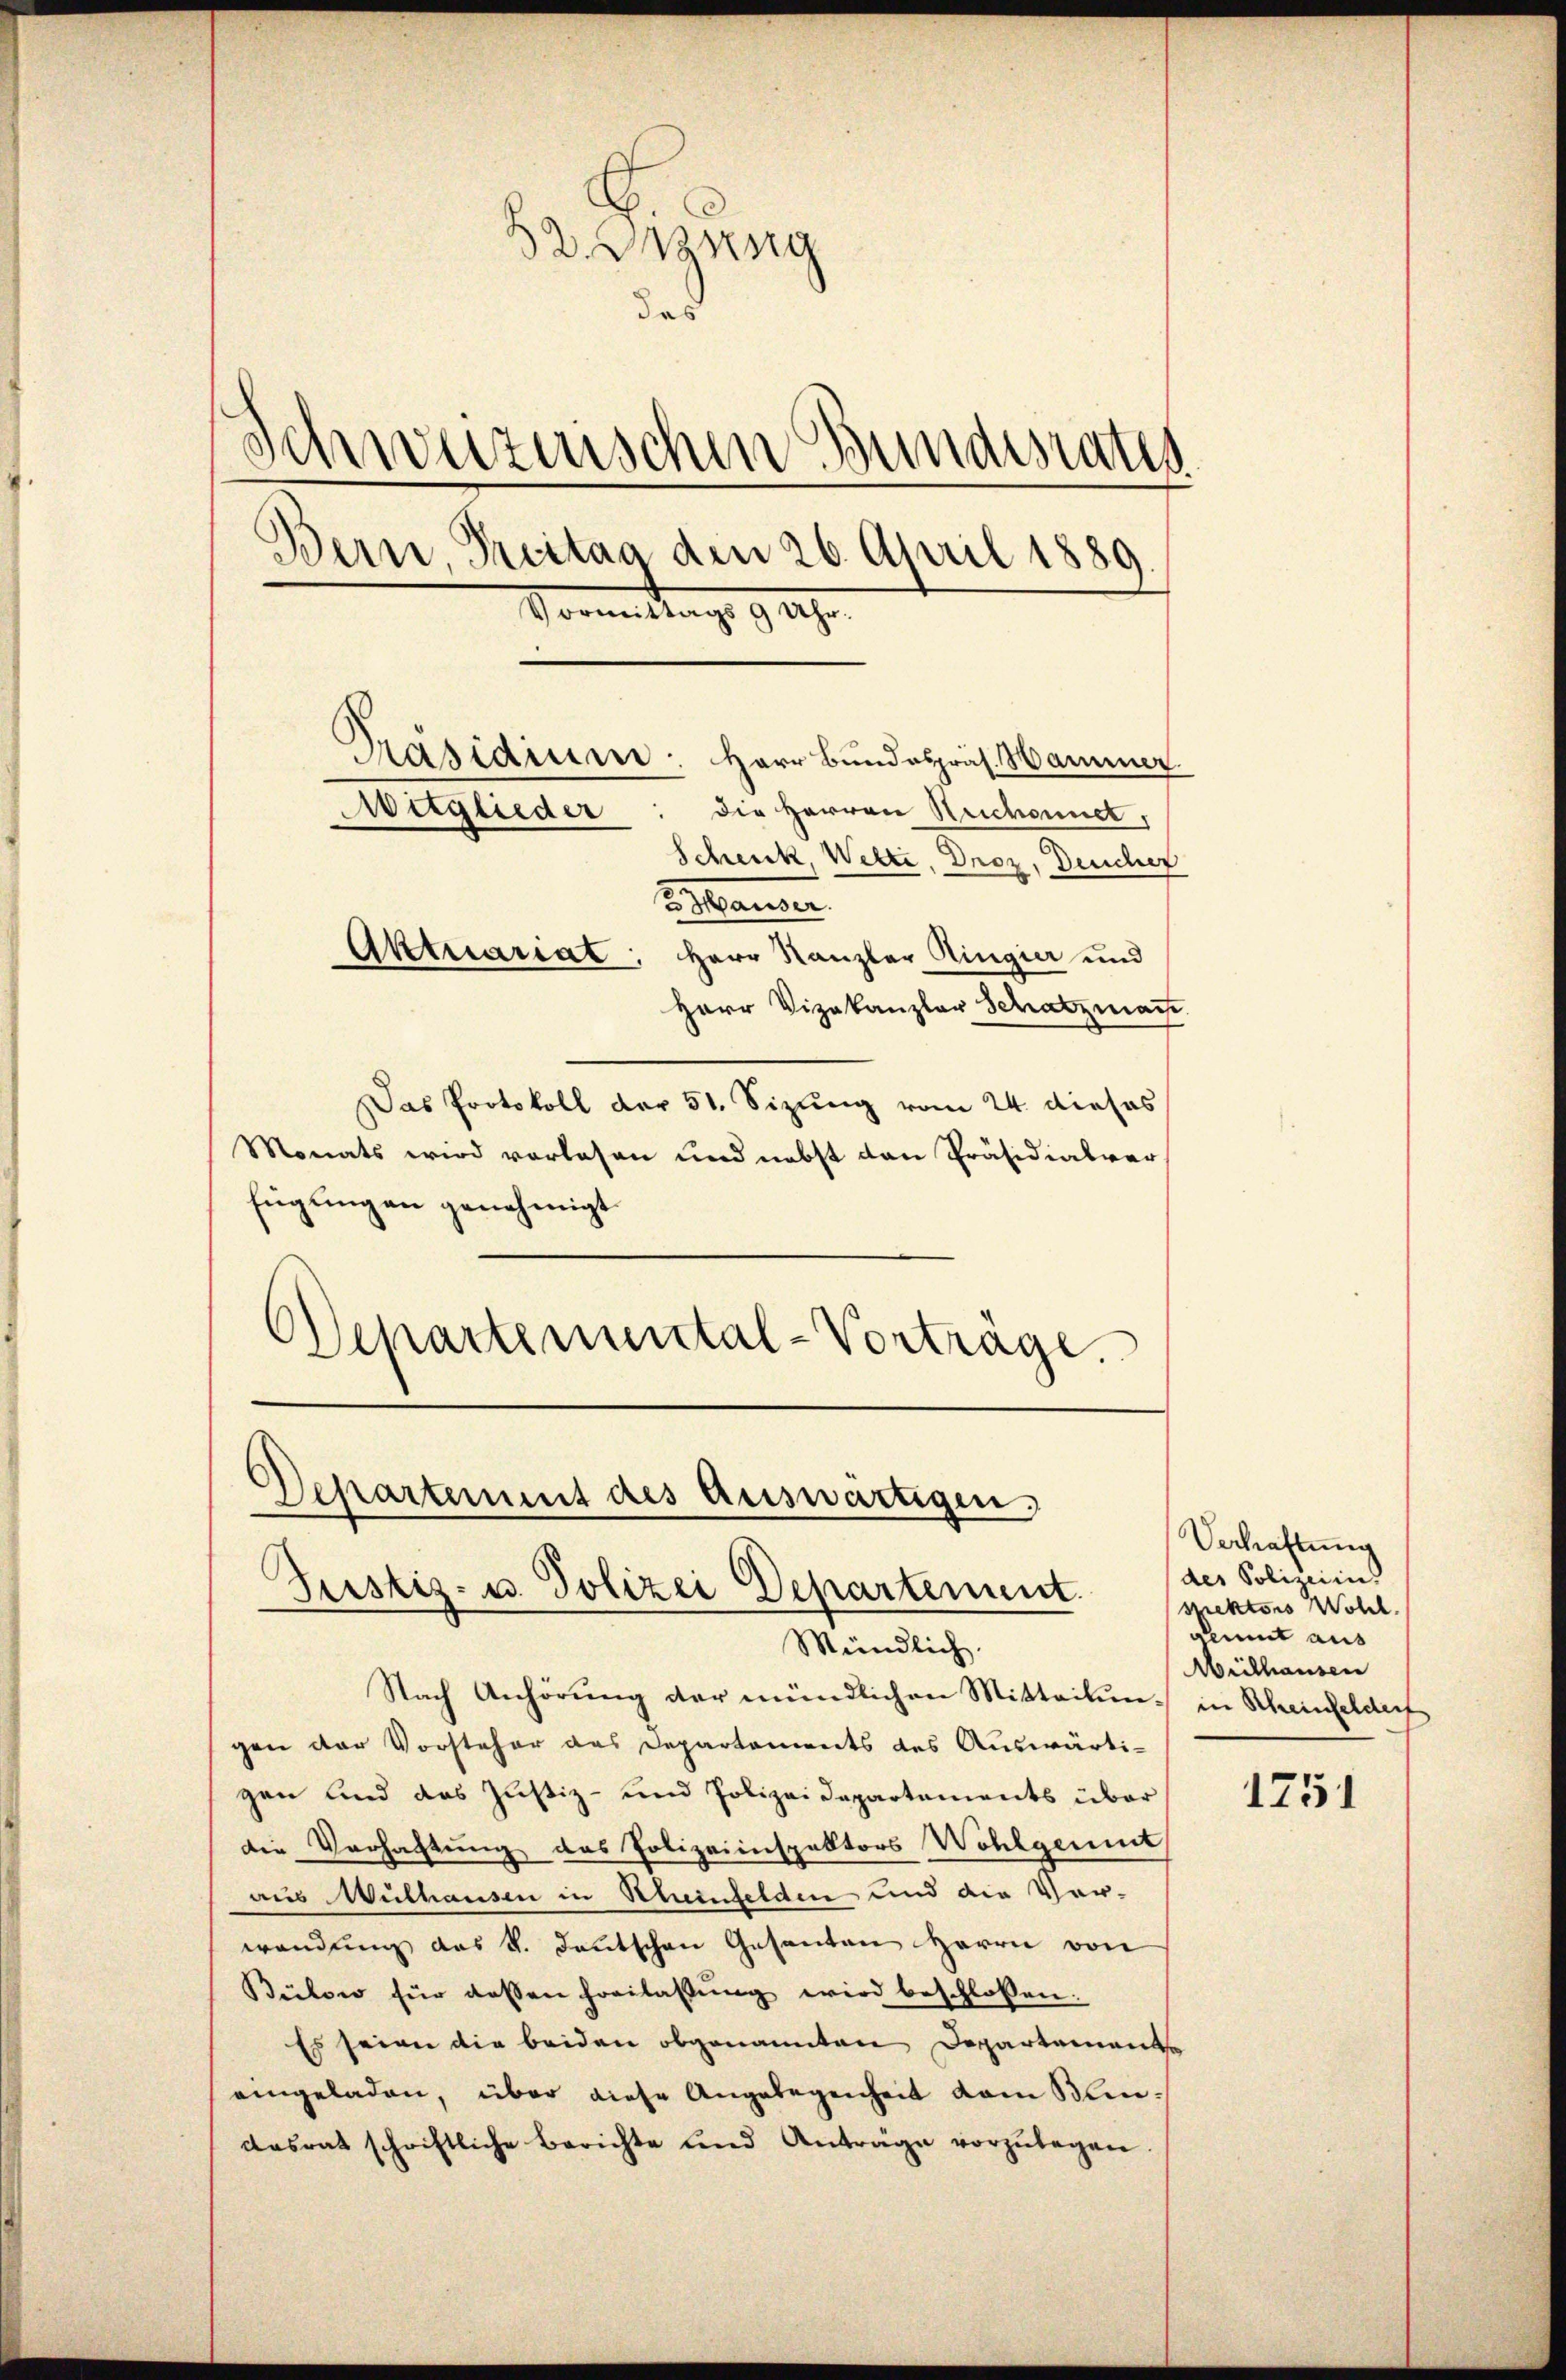
52. Dienstg
das
Schweizerischen Bundesraths
d
Bern, Treitag den 26. April 1889
Vormittags 9 Uhr.
Präsidium: Herr Bundespräs. Hammer
die Herren Rechannet,
Witglieder
Schenk, Welti, Droz, Deucher
Sanen

Aktuariat: Herr Kanzler Ringier und
Herr Vizekanzler Schatzmache
Das Protokoll der 51. Sizung vom 24. dieses
Monats wird vorlesen und nebst den Präsidialver
fügungen genehmigt.
Oepartemental-Vorträge.

Mündlich.
Nach Anhörung der mündlichen Mitteilungen der Vorsteher das Departements des Auswärti-
gen und das Justiz- und Polizeidepartements über
die Verhaltung des Polizeiinspektors Wohlgement,
aus Mülhausen in Scheinfelden und die Ver-
wendung des k. deutschen Gesanten Herrn von
Bülow für dessen Freilassŭng wird beschlossen:
Es seien die beiden obgenannten Departemente
eingeladen, über diese Angelegenheit vom Klindasrat schriftliche Berichte und Anträge vorzŭlegen.

Departement des auswärtigen.
Justiz- u. Polizei Departement.

Verhaftung
des Polizeiins
spektors Wohl.
Gunt aus
Mülhausen
in Rheinfelder

1751